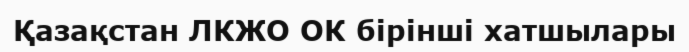
Қазақстан ЛКЖО ОК бірінші хатшылары